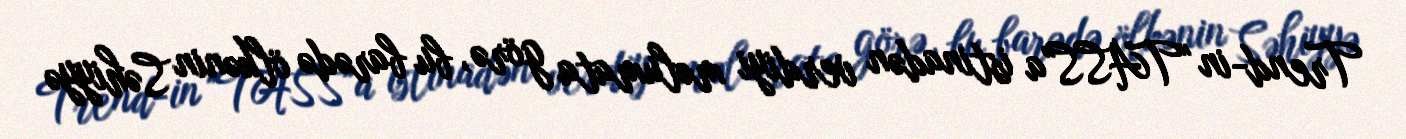
Trend-in "TASS"a istinadən verdiyi məlumata görə, bu barədə ölkənin Səhiyyə